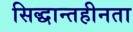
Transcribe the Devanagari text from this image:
सिद्धान्तहीनता